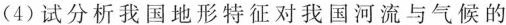
(4)试分析我国地形特征对我国河流与气候的